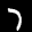
Label: 7